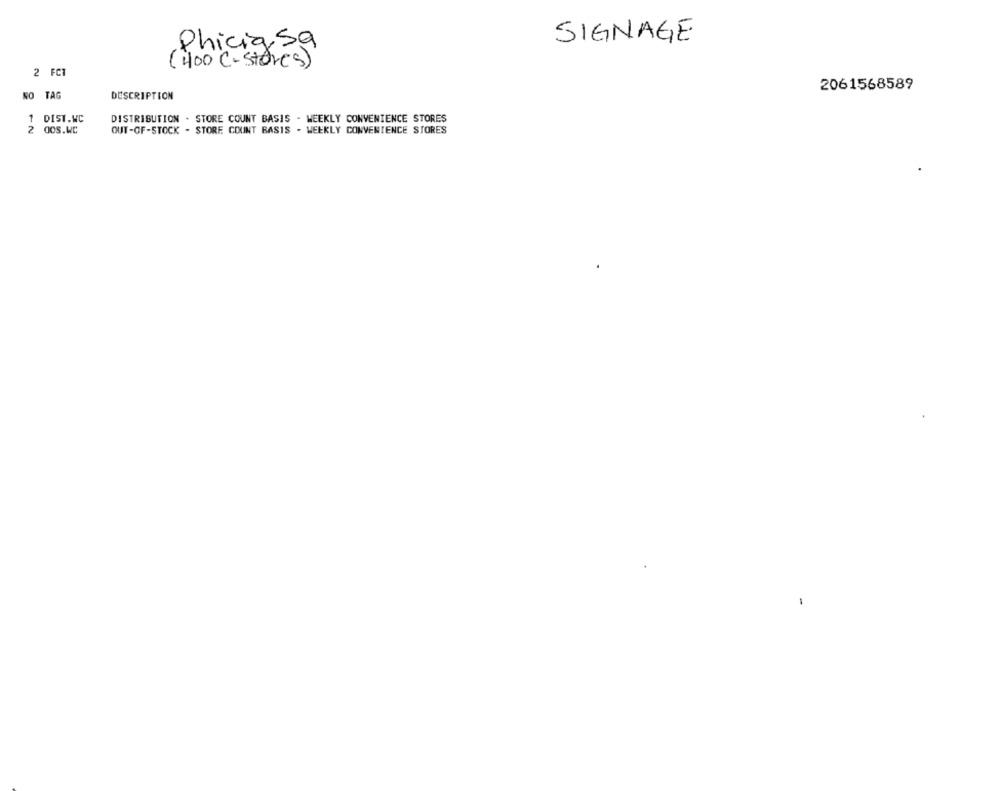
SIGNAGE
Phiciasa
(400 C-stores)
2 FCT
2061568589
NO TAG
DESCRIPTION
1 DIST.WC
DISTRIBUTION . STORE COUNT BASIS - WEEKLY CONVENIENCE STORES
2
dos.WC
OUT-OF-STOCK - STORE COUNT BASIS - WEEKLY CONVENIENCE STORES